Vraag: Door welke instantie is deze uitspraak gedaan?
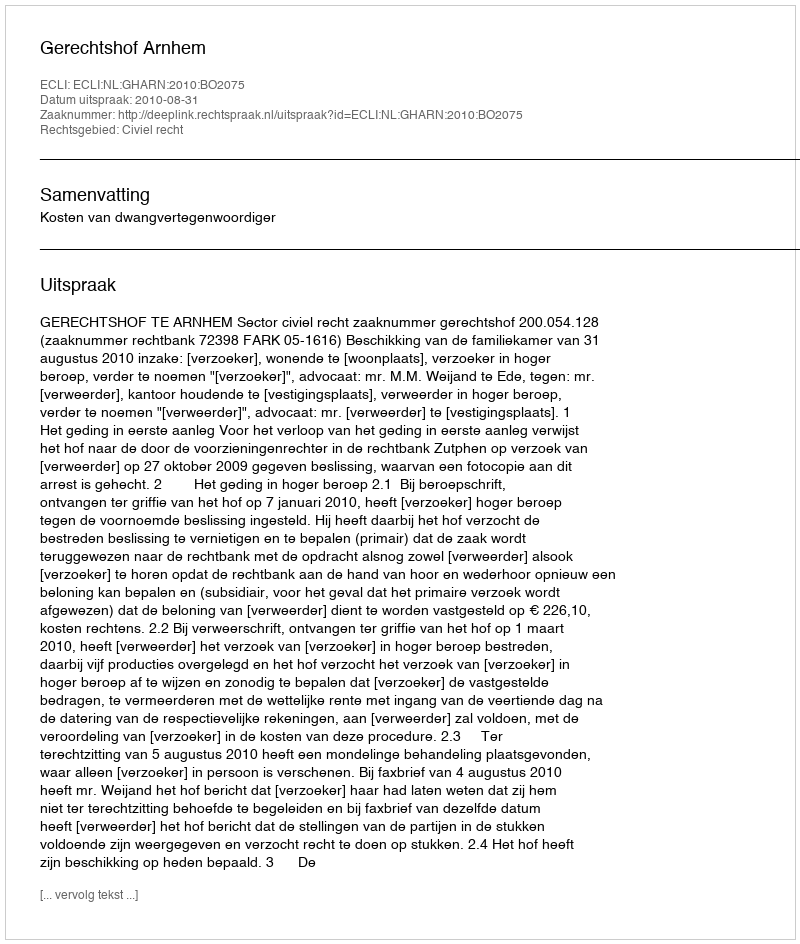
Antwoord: Gerechtshof Arnhem